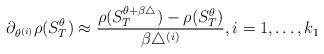
LaTeX: \begin{align*}\partial_{\theta^{(i)}}\rho(S_T^\theta)\approx\frac{\rho(S_T^{\theta+\beta\triangle})-\rho(S_T^\theta)}{\beta\triangle^{(i)}},i=1,\dots,k_1\end{align*}